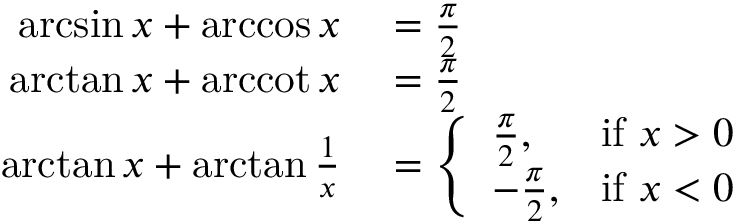
\begin{array} { r l } { \arcsin x + \operatorname { a r c c o s } x } & { { } = { \frac { \pi } { 2 } } } \\ { \arctan x + \operatorname { a r c c o t } x } & { { } = { \frac { \pi } { 2 } } } \\ { \arctan x + \arctan { \frac { 1 } { x } } } & { { } = { \left\{ \begin{array} { l l } { { \frac { \pi } { 2 } } , } & { { \mathrm { i f ~ } } x > 0 } \\ { - { \frac { \pi } { 2 } } , } & { { \mathrm { i f ~ } } x < 0 } \end{array} \right. } } \end{array}